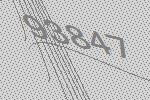
93847